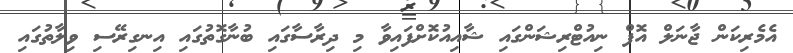
އެމެރިކަން ޖާނަލް އޮފް ނިއުޓްރިޝަންގައި ޝާއިއުކޮށްފައިވާ މި ދިރާސާގައި ބުނާގޮތުގައި އިނގިރޭސި ވިލާތުގައި